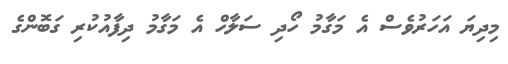
މިދިޔަ އަހަރުވެސް އެ މަގާމު ހޯދި ސަލާހް އެ މަގާމު ދިފާއުކުރި ގަބޮންގެ